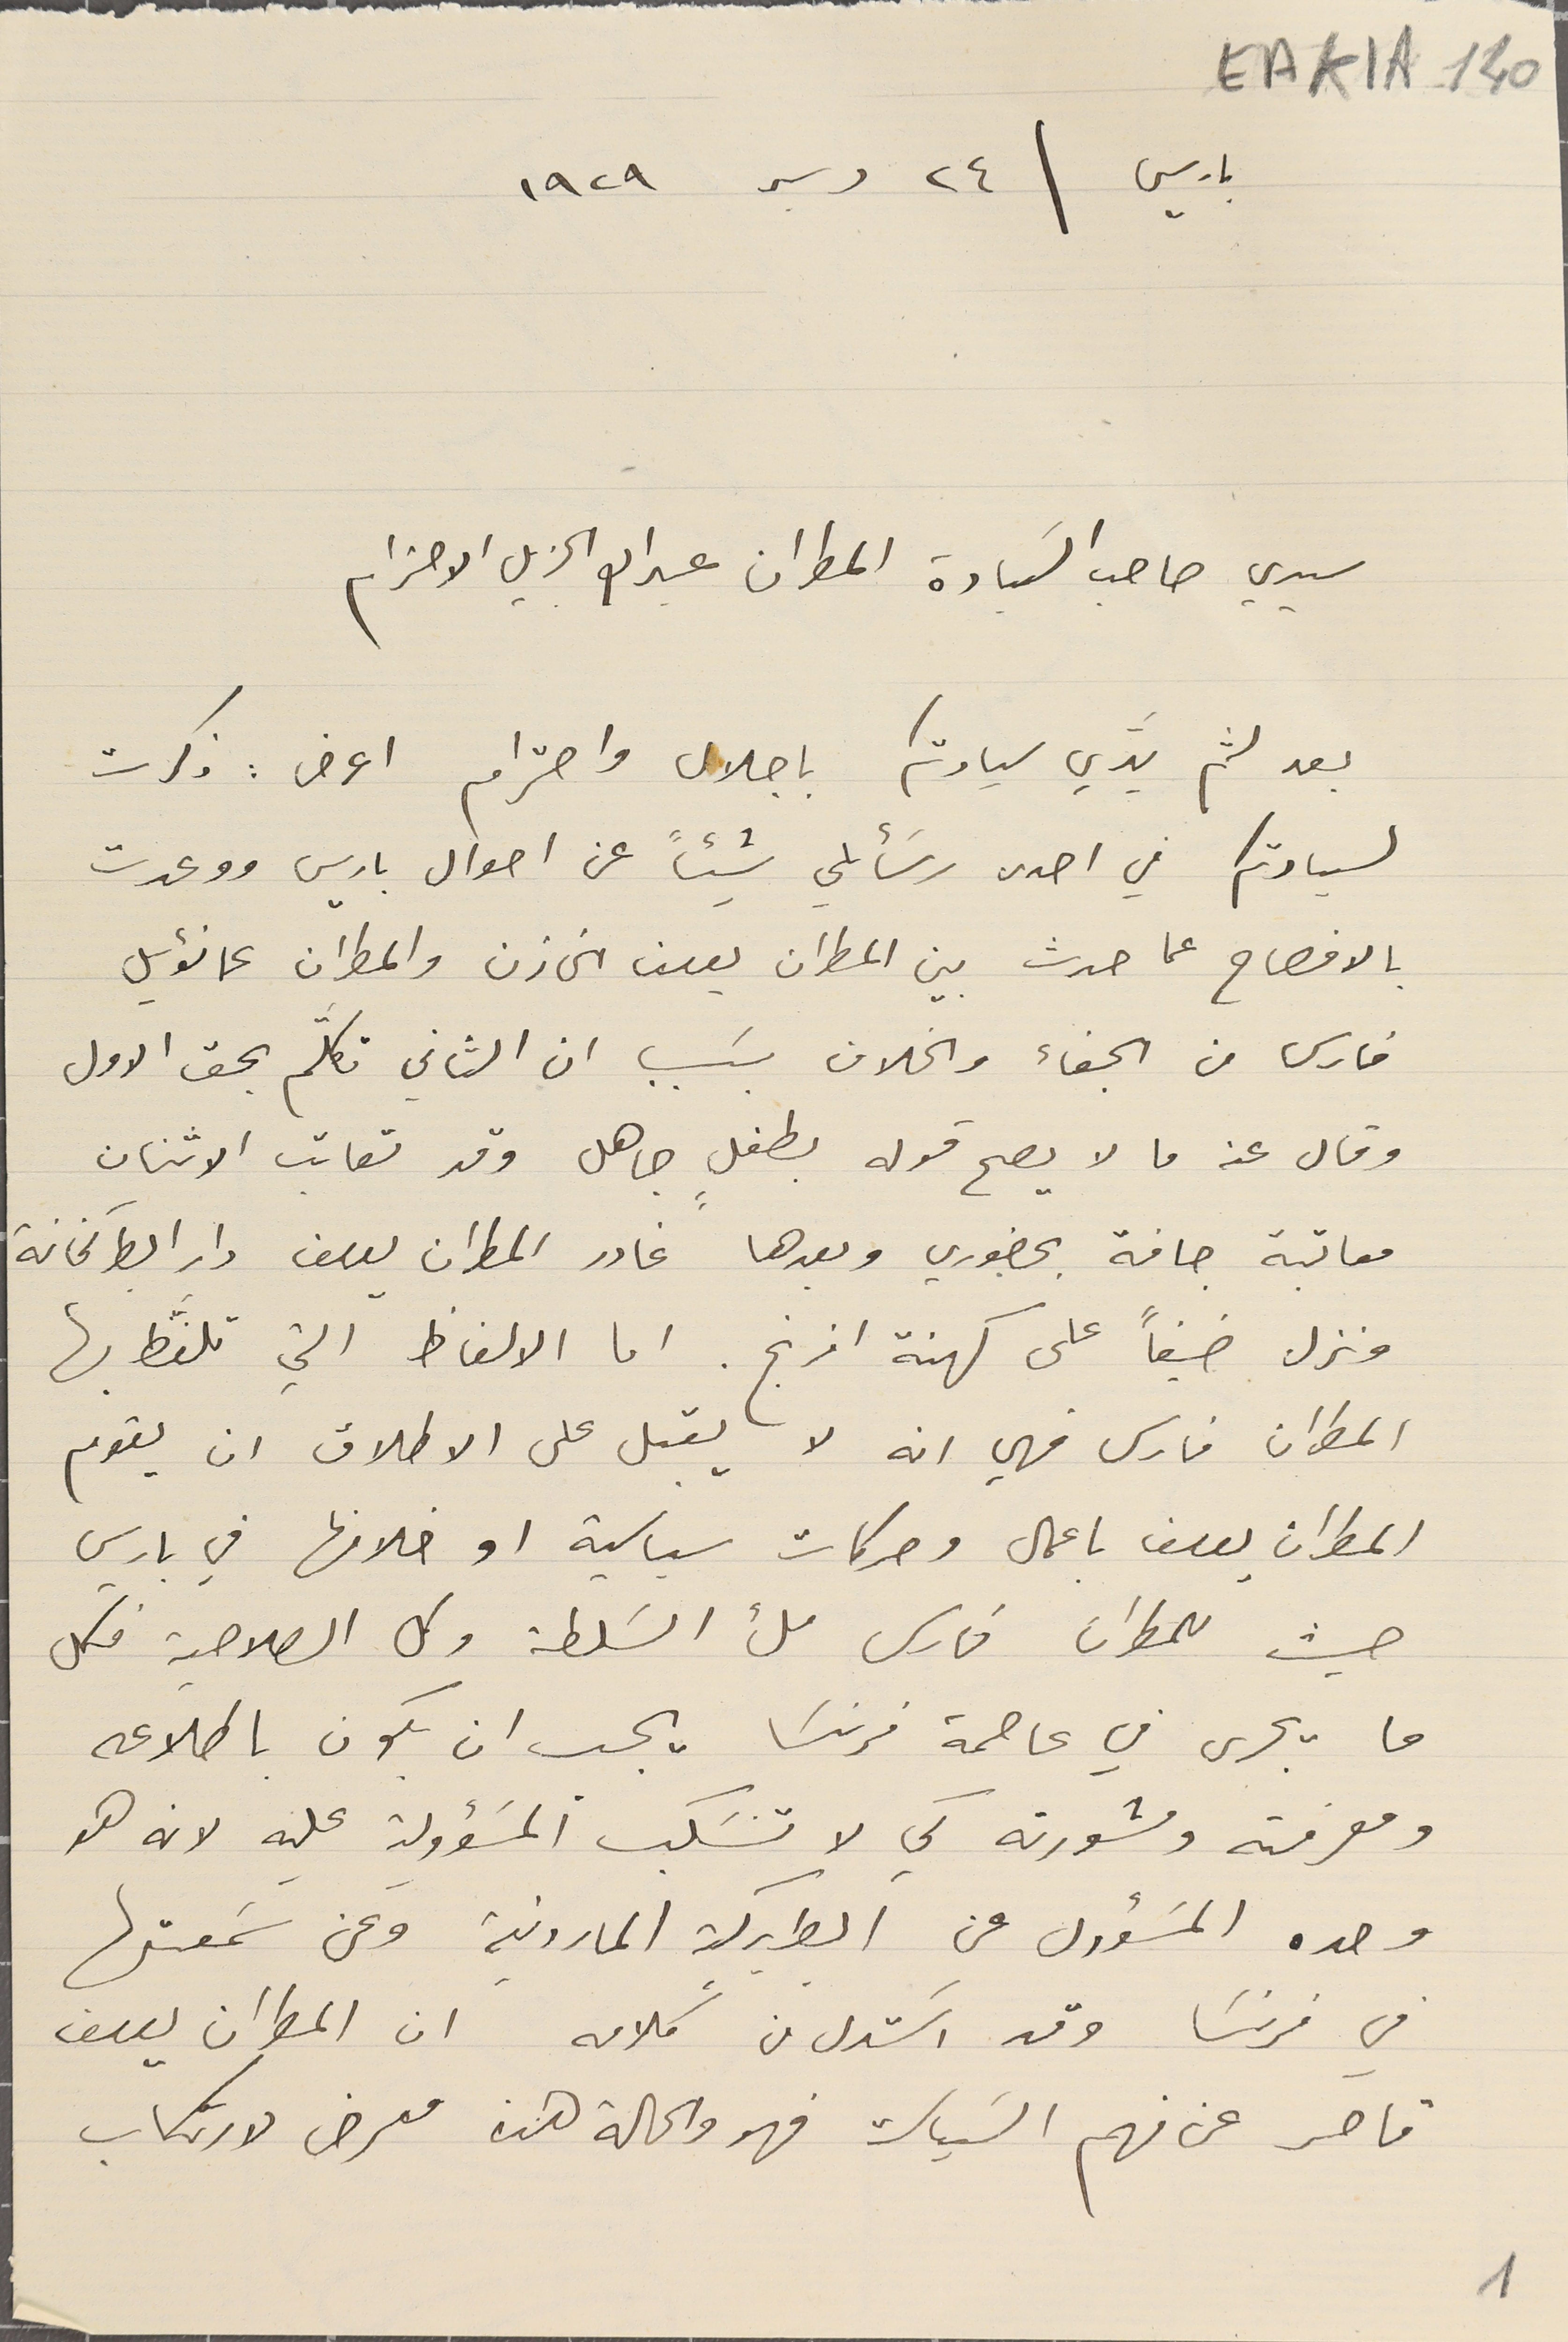
EAK1A-140
 باريس \ ٢٤ دسمبر ١٩٢٩
سيدي صاحب السَيادة المطران عبدالله الجزيل الاحترام
بعد لثم يَديّ سيادتكم باجلال واحترام اعرض : ذكرت
لسيادتكم في احدى رسَائلي شيئاً عن احوال باريس ووعدت
بالافصاح عما حدث بين المطران يوسف الخازن والمطران عمانوئيل
فارس من الجفاء والخلاف بسَبب ان الثاني تكلّم بحق الاول
وقال عنه ما لا يصح قوله بطفل جاهل وقد تعاتب الاثنان
معاتبة جافة بحضوري وبعدها غادر المطران يوسف دار البطركخانة
ونزل ضيفاً على كهنة افرنج. اما الالفاظ التي تلفَّظ بها
المطران فارس فهي انه لا يقبل على الاطلاق ان يقوم
المطران يوسف باعمال وحركات سياسية او خلافها في باريس
حيث للمطران فارس ملء السَلطة وكل الصلاحية فكل
ما يجرى في عاصمة فرنسَا يجب ان يكون باطلاعه
ومعرفته ومشورته كي لا تنسَكب المسَؤولية عليه لانه هو
وحده المسَؤول عن البطريركية المارونية وعن سَمعتها
في فرنسَا وقد اسَتدل من كلامه ان المطران يوسف
قاصر عن فهم السَياسة فهو والحالة هذه معرض لارتكاب
1